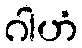
ဂါဟံ